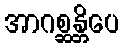
အာဂစ္ဆန္တိပေ